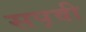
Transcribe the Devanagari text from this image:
सप़वी